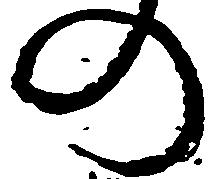
の